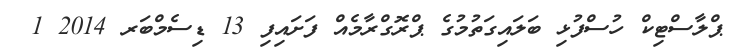
ޕްލާސްޓިކް ހުސްފުޅި ބަލައިގަތުމުގެ ޕްރޮގްރާމެއް ފަށައިފި 13 ޑިސެމްބަރ 2014 1